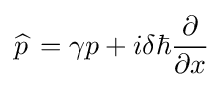
{\widehat {p\,}}=\gamma p+i\delta \hbar {\frac {\partial }{\partial x}}